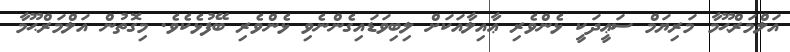
އަލްމަރްޙޫމާ މަރިޔަމް ސަޢީދަކީ ޅެންވެރި ޢާއިލާއަކަށް ލިބިވަޑައިގެންނެވި ޅެންވެރި ބޭފުޅެކެވެ. މިގޮތުން އަލްމަރްޙޫމާ